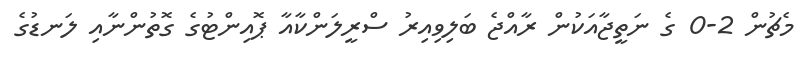
މެޗުން 2-0 ގެ ނަތީޖާއަކުން ރާއްޖެ ބަލިވިއިރު ސްރީލަންކާއާ ޕޮއިންޓުގެ ގޮތުންނާއި ލަނޑުގެ